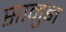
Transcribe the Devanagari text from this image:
सानुज्ञ